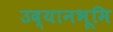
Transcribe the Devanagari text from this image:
उद्यानभूमि